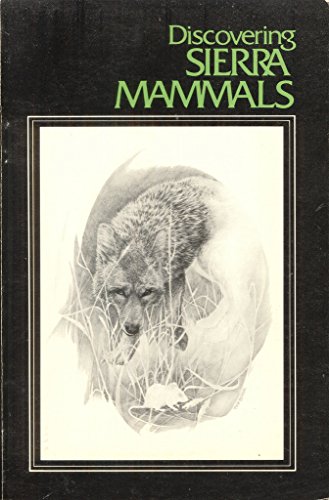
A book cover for Discovering Sierra Mammals; Russel Grater; Sports & Outdoors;